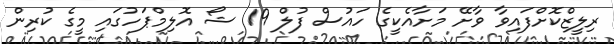
ރިލީޒްކޮށްފައިވާ ވާށޭ މަށާއެކީގެ ހައުސް ފުލް 19 ޝޯ އޮލިމްޕަހުގައި މީގެ ކުރިން